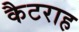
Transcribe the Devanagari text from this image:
कैटराह